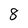
Character: 8